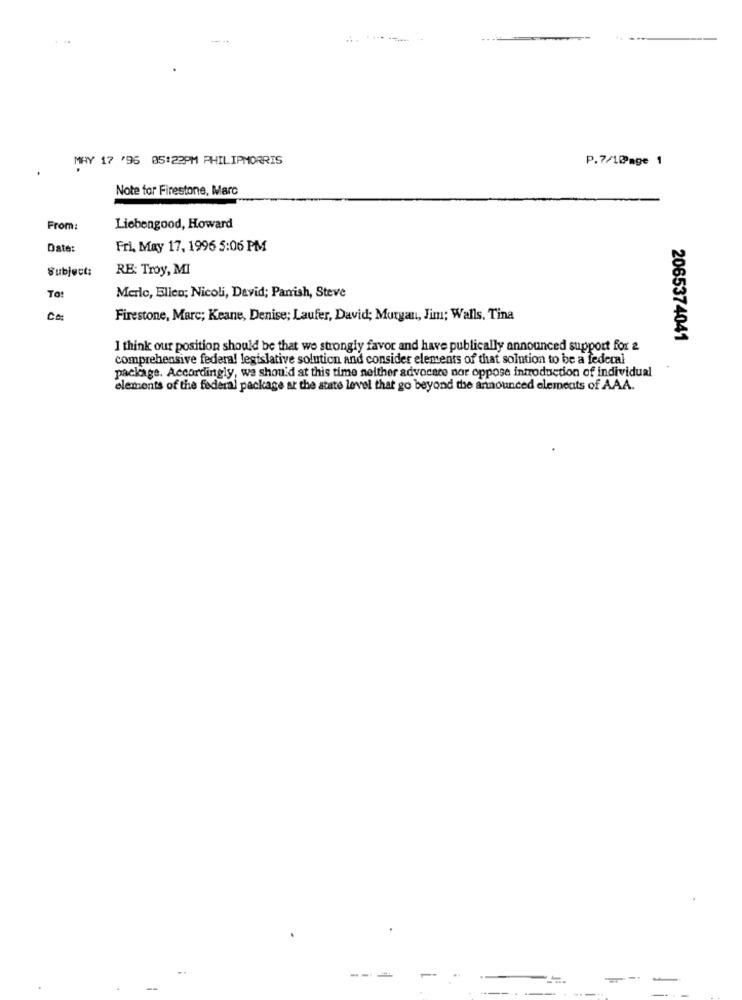
MAY 17 '95 05:22PM PHILIPMORRIS
P.7/1@Page 1
Note for Firestone, Marc
From:
Liebengood, Howard
Date:
Fri, May 17, 1996 5:06 PM
Subject:
RE: Troy, MI
To:
Merlo, Elleo; Nicoli, David; Parrish, Steve
Ca
Firestone, Marc; Keane, Denise; Laufer, David; Morgan, Jim; Walls. Tina
2065374041
I think our position should be that we strongly favor and have publically announced support for &
comprehensive federal legislative solution and consider elements of that solution to be a federal
package. Accordingly, we should at this time neither advocare nor oppose introduction of individual
elements of the federal package at the state level that go beyond the announced elements of AAA.
---
--